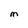
Character: M